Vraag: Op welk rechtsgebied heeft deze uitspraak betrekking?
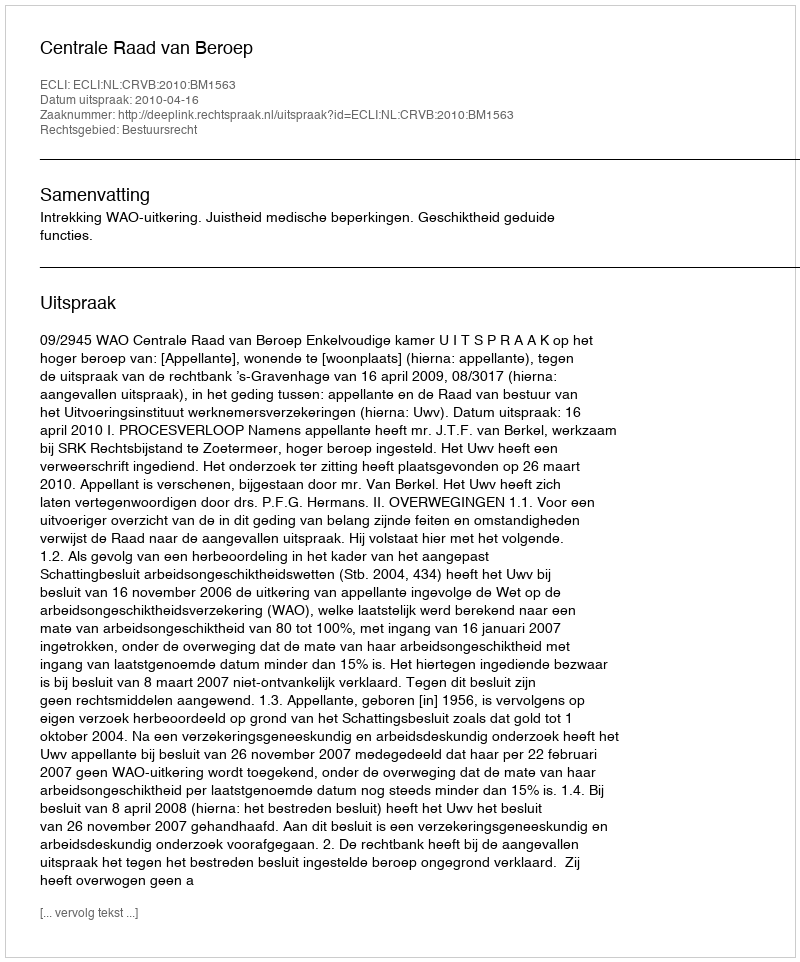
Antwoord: Bestuursrecht